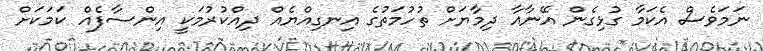
ނަމަވެސް އެކަމާ ގުޅިގެން އޭނާއާ ދިމާޔަށް ތުހުމަތުގެ އިނގިއްޔެއް ދިއްކުރުމަކީ އިންސާފެއް ކަމަކަށް